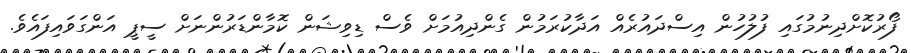
ފޯރުކޮށްދިނުމުގައި ފުލުހުން އިސްދައުރެއް އަދާކުރަމުން ގެންދިއުމަށް ވެސް ޑިވިޝަން ކޮމާންޑަރުންނަށް ސީޕީ އަންގަވައިފައެވެ.